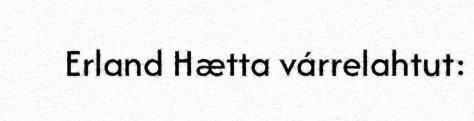
Erland Hætta várrelahtut: